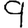
Digit: 9